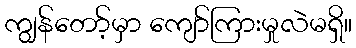
ကျွန်တော့်မှာ ကျော်ကြားမှုလဲမရှိ။